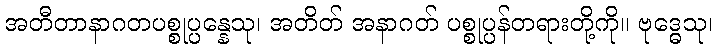
အတီတာနာဂတပစ္စုပ္ပန္နေသု၊ အတိတ် အနာဂတ် ပစ္စုပ္ပန်တရားတို့ကို။ ဗုဒ္ဓေသု၊